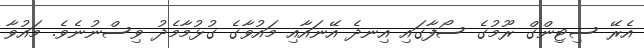
އެރޭ ސިޓިންގް ރޫމުގެ ސޯފާގައި އިނދެ އޭނައާއި މައުވާގެ ގުޅުމާމެދު ވިސްނުނެވެ. މައުވާ